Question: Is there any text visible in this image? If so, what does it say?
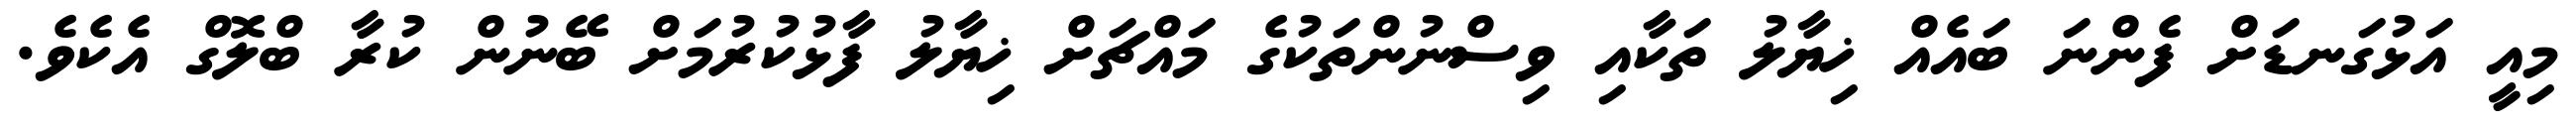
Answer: މިއީ އަޅުގަނޑަށް ފެންނަ ބައެއް ޚިޔާލު ތަކާއި ވިސްނުންތަކުގެ މައްޗަށް ޚިޔާލު ފާޅުކުރުމަށް ބޭނުން ކުރާ ބްލޮގް އެކެވެ.